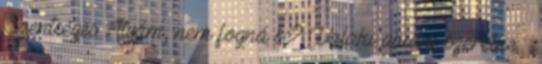
Szentséges Atyám, nem fogná be? Valaki aludni szeretne –